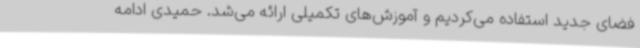
فضای جدید استفاده می‌کردیم و آموزش‌های تکمیلی ارائه می‌شد. حمیدی ادامه